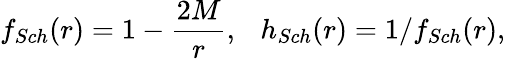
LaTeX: f_{Sch}(r)=1-\frac{2M}{r},\ \ \ h_{Sch}(r)=1/f_{Sch}(r),